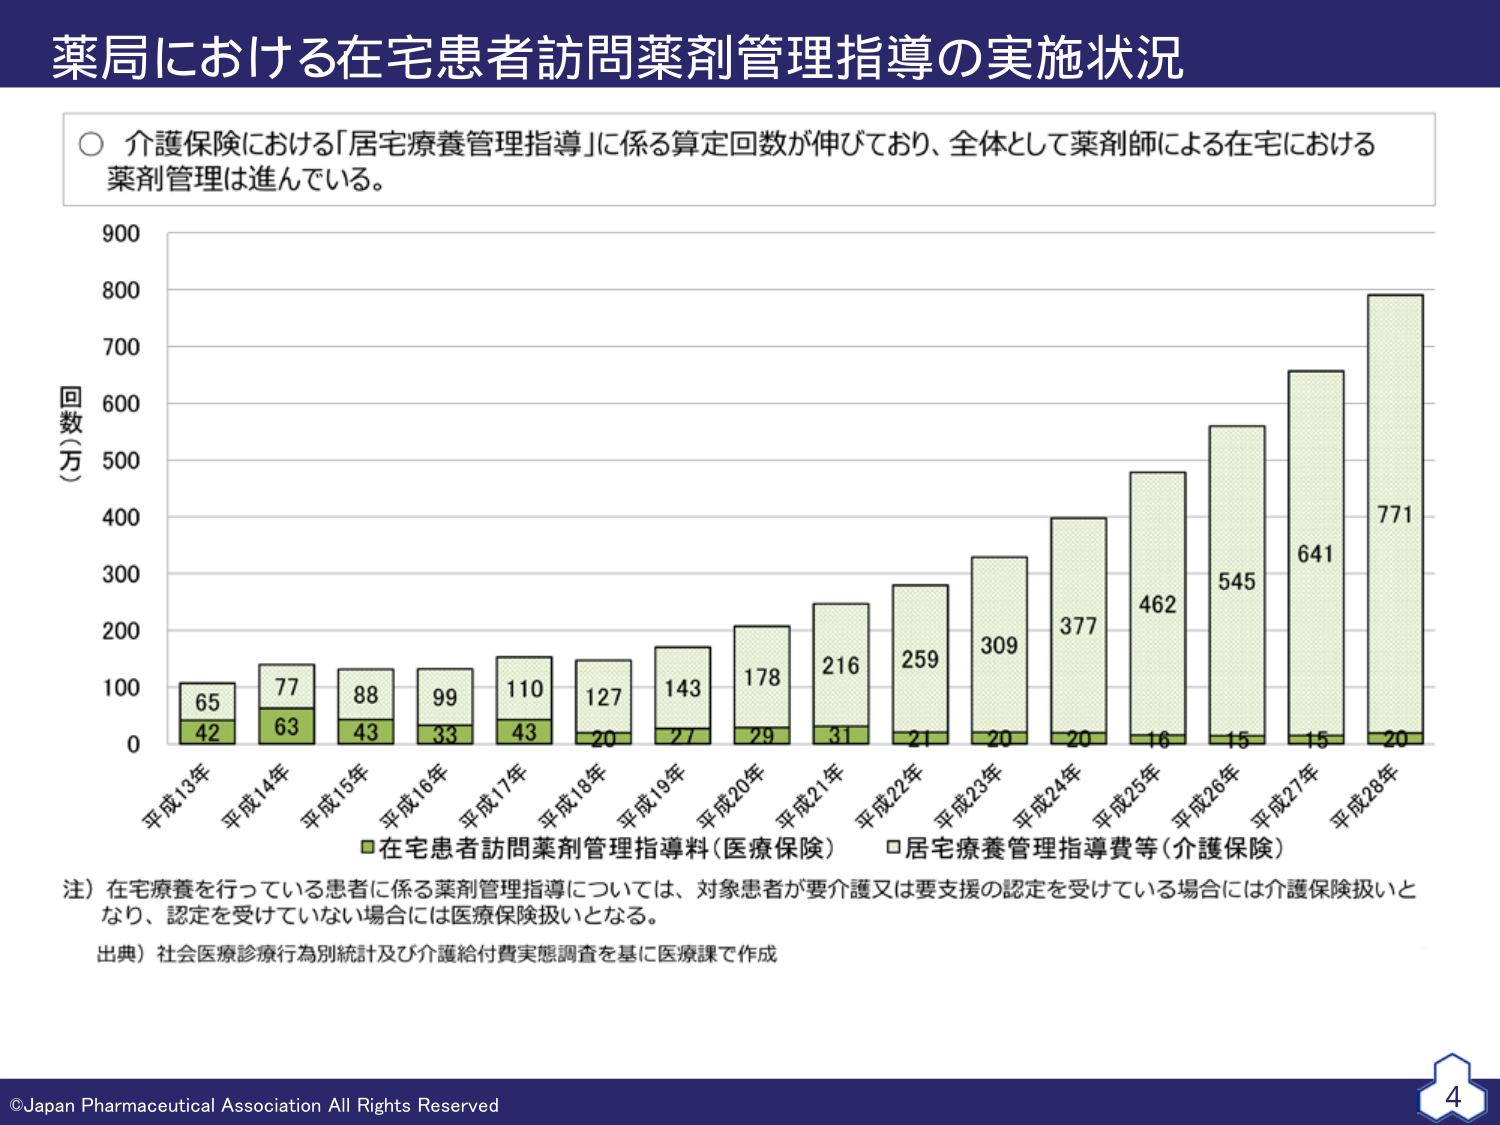
薬局における在宅患者訪問薬剤管理指導の実施状況

○ 介護保険における「居宅療養管理指導」に係る算定回数が伸びており、全体として薬剤師による在宅における薬剤管理は進んでいる。

回数（万）

900
800
700
600
500
400
300
200
100
0

平成13年 65 42
平成14年 77 63
平成15年 88 43
平成16年 99 33
平成17年 110 43
平成18年 127 20
平成19年 143 27
平成20年 178 29
平成21年 216 31
平成22年 259 21
平成23年 309 20
平成24年 377 20
平成25年 462 16
平成26年 545 15
平成27年 641 15
平成28年 771 20

■在宅患者訪問薬剤管理指導料（医療保険） □居宅療養管理指導費等（介護保険）

注）在宅療養を行っている患者に係る薬剤管理指導については、対象患者が要介護又は要支援の認定を受けている場合には介護保険扱いとなり、認定を受けていない場合には医療保険扱いとなる。

出典）社会医療診療行為別統計及び介護給付費実態調査を基に医療課で作成

©Japan Pharmaceutical Association All Rights Reserved

4